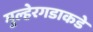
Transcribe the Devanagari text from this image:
मुल्हेरगडाकडे